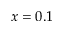
x = 0 . 1